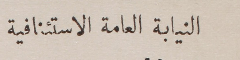
النيابة العامة الاستئنافية